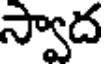
స్వాద